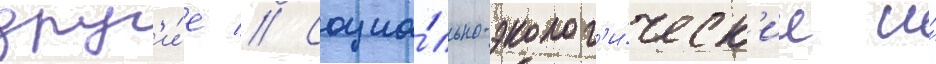
друг'и́е // Социа́льно-эколог'и́ческ'ие и́